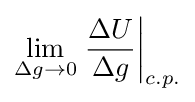
\lim _{\Delta g\to 0}{\left.{\frac {\Delta U}{\Delta g}}\right|_{c.p.}}